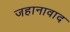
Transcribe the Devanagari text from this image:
जहानावाद